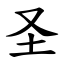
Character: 圣